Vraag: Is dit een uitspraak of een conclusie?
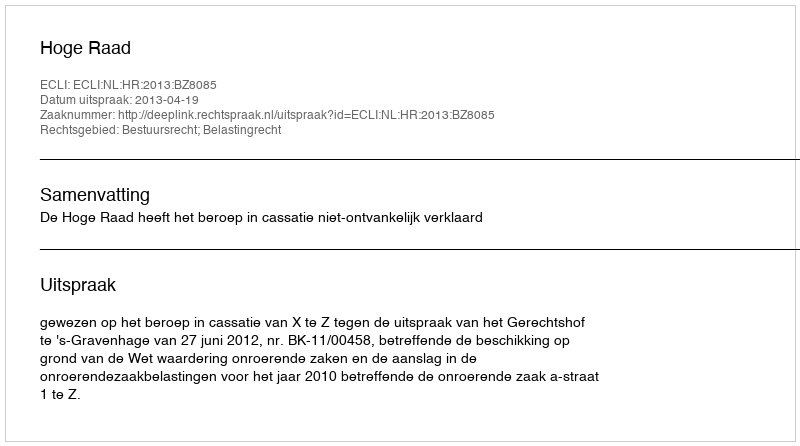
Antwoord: Uitspraak